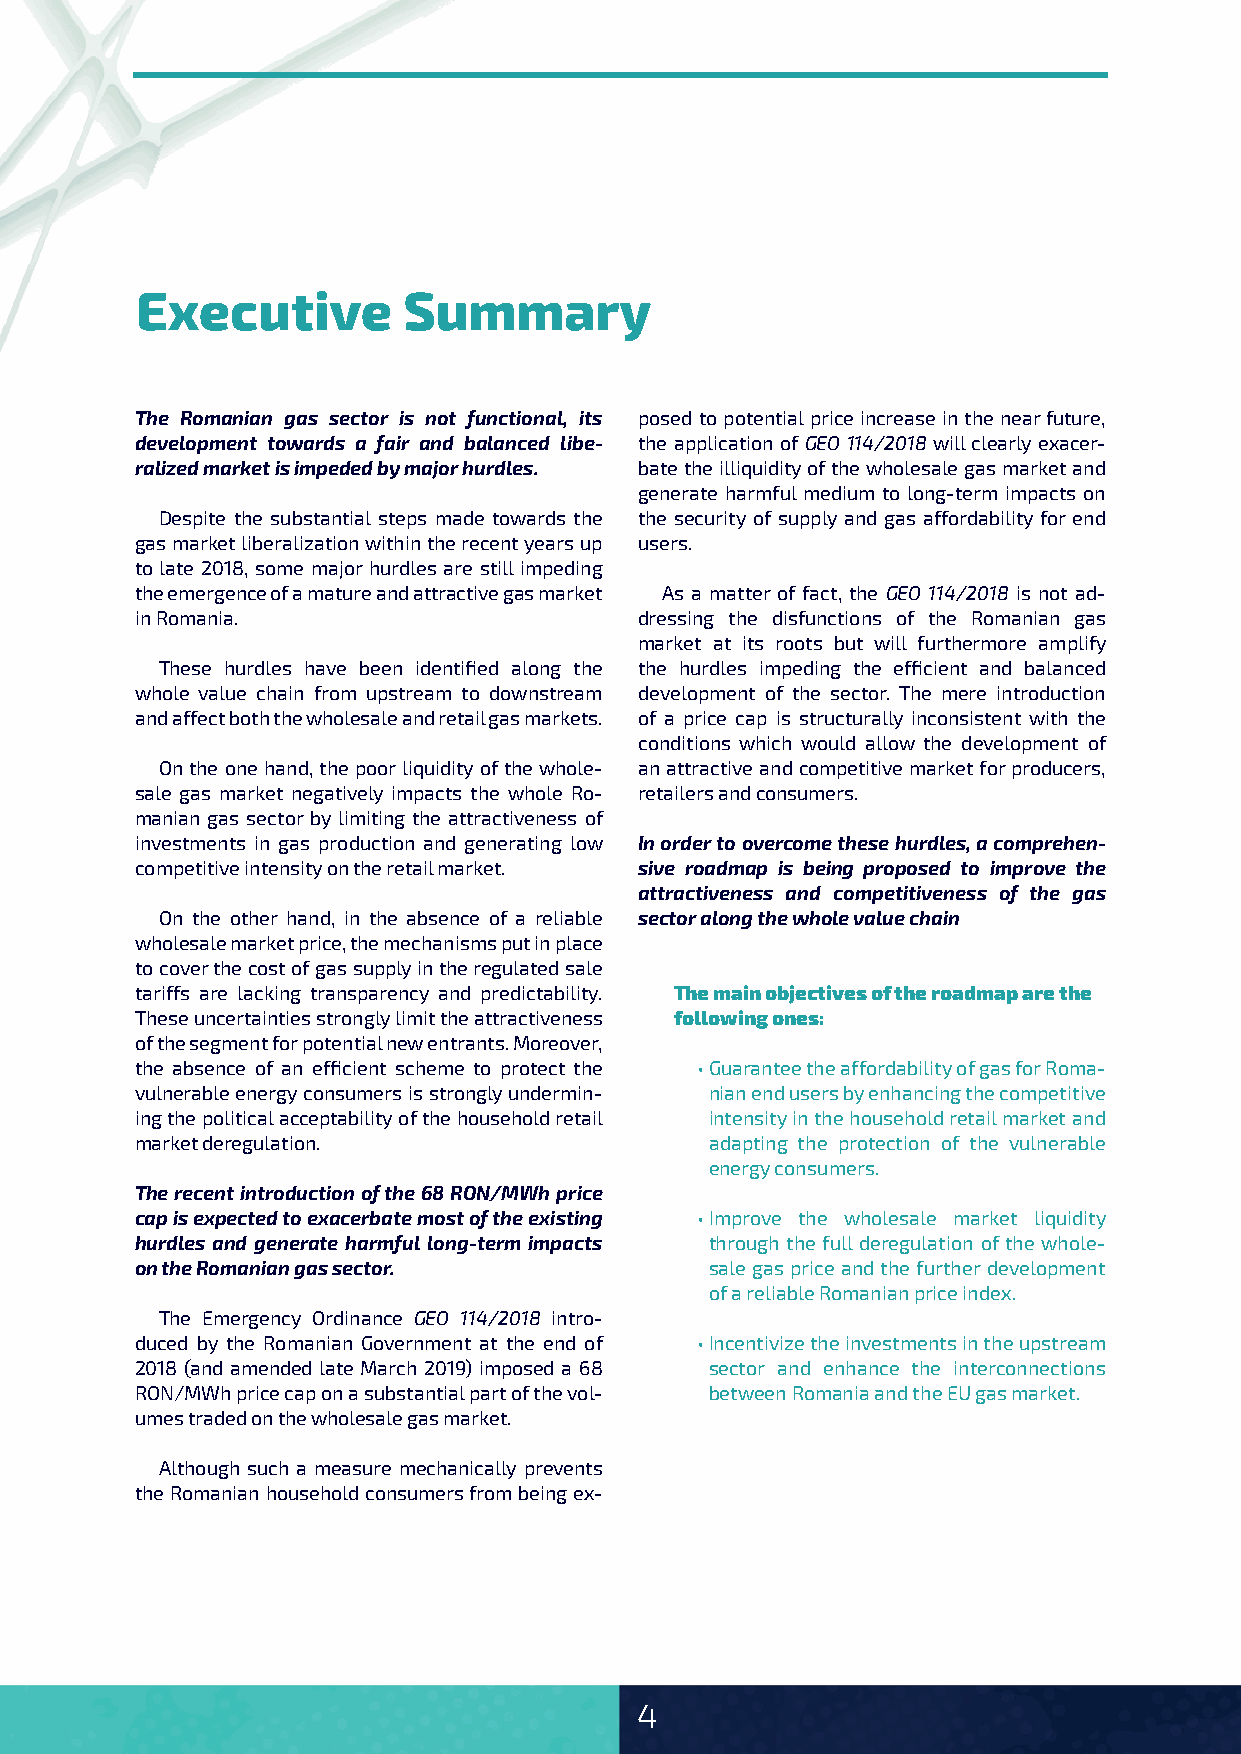
Executive         Summary
 The Romanian gas sector is not functional, its posed to potential price increase in the near future,
 development towards a fair and balanced libe­ the application of GEO 114/2018 will clearly exacer-
 ralized market is impeded by major hurdles. bate the illiquidity of the wholesale gas market and
 generate harmful medium to long-term impacts on
 Despite the substantial steps made towards the the security of supply and gas affordability for end
 gas market liberalization within the recent years up users.
 to late 2018, some major hurdles are still impeding
 the emergence of a mature and attractive gas market As a matter of fact, the GEO 114/2018 is not ad-
 in Romania.                      dressing the disfunctions of the Romanian gas
 market at its roots but will furthermore amplify
 These hurdles have been identified along the the hurdles impeding the efficient and balanced
 whole value chain from upstream to downstream development of the sector. The mere introduction
 and affect both the wholesale and retail gas markets. of a price cap is structurally inconsistent with the
 conditions which would allow the development of
 On the one hand, the poor liquidity of the whole- an attractive and competitive market for producers,
 sale gas market negatively impacts the whole Ro- retailers and consumers.
 manian gas sector by limiting the attractiveness of
 investments in gas production and generating low In order to overcome these hurdles, a comprehen­
 competitive intensity on the retail market. sive roadmap is being proposed to improve the
 attractiveness and competitiveness of the gas
 On the other hand, in the absence of a reliable sector along the whole value chain
 wholesale market price, the mechanisms put in place
 to cover the cost of gas supply in the regulated sale
 tariffs are lacking transparency and predictability. The main objectives of the roadmap are the
 These uncertainties strongly limit the attractiveness following ones:
 of the segment for potential new entrants. Moreover,
 the absence of an efficient scheme to protect the • Guarantee the affordability of gas for Roma-
 vulnerable energy consumers is strongly undermin- nian end users by enhancing the competitive
 ing the political acceptability of the household retail intensity in the household retail market and
 market deregulation.                  adapting the protection of the vulnerable
 energy consumers.
 The recent introduction of the 68 RON/MWh price
 cap is expected to exacerbate most of the existing • Improve the wholesale market liquidity
 hurdles and generate harmful long­term impacts through the full deregulation of the whole-
 on the Romanian gas sector.           sale gas price and the further development
 of a reliable Romanian price index.
 The Emergency Ordinance GEO 114/2018 intro-
 duced by the Romanian Government at the end of • Incentivize the investments in the upstream
 2018 (and amended late March 2019) imposed a 68 sector and enhance the interconnections
 RON/MWh price cap on a substantial part of the vol- between Romania and the EU gas market.
 umes traded on the wholesale gas market.
 Although such a measure mechanically prevents
 the Romanian household consumers from being ex-
 4